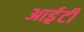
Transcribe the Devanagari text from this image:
आई़़टी